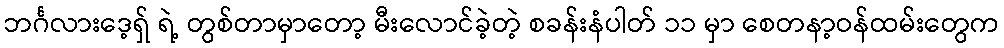
ဘင်္ဂလားဒေ့ရှ် ရဲ့ တွစ်တာမှာတော့ မီးလောင်ခဲ့တဲ့ စခန်းနံပါတ် ၁၁ မှာ စေတနာ့ဝန်ထမ်းတွေက